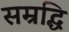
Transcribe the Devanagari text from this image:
सम्रद्धि